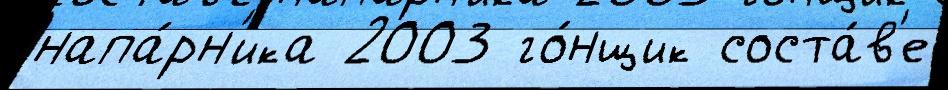
напа́рн'ика 2003 го́нщик соста́в'е